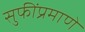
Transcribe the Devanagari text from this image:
सुफींप्रमाणे